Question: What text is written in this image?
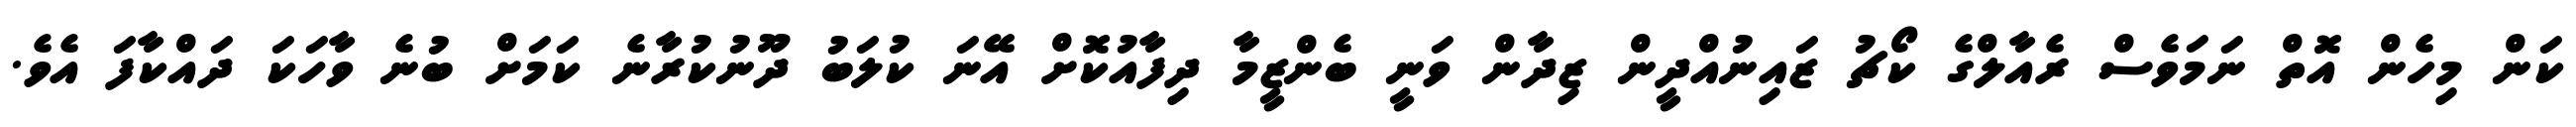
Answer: ކަން މިހެން އޮތް ނަމަވެސް ރެއާލްގެ ކޯޗު ޒައިނުއްދީން ޒިދާން ވަނީ ބެންޒީމާ ދިފާއުކޮށް އޭނަ ކުލަބު ދޫނުކުރާނެ ކަމަށް ބުނެ ވާހަކަ ދައްކާފަ އެވެ.